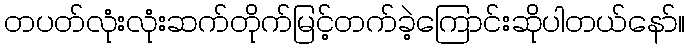
တပတ်လုံးလုံးဆက်တိုက်မြင့်တက်ခဲ့ကြောင်းဆိုပါတယ်နော်။